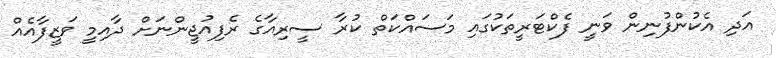
އަދި އެކުންފުނިން ވަނީ ފެކްޓަރީތަކުގައި މަސައްކަތް ކުރާ ސީރިއާގެ ރެފިއުޖީންނަށް ދާއިމީ ވަޒީފާއެއް